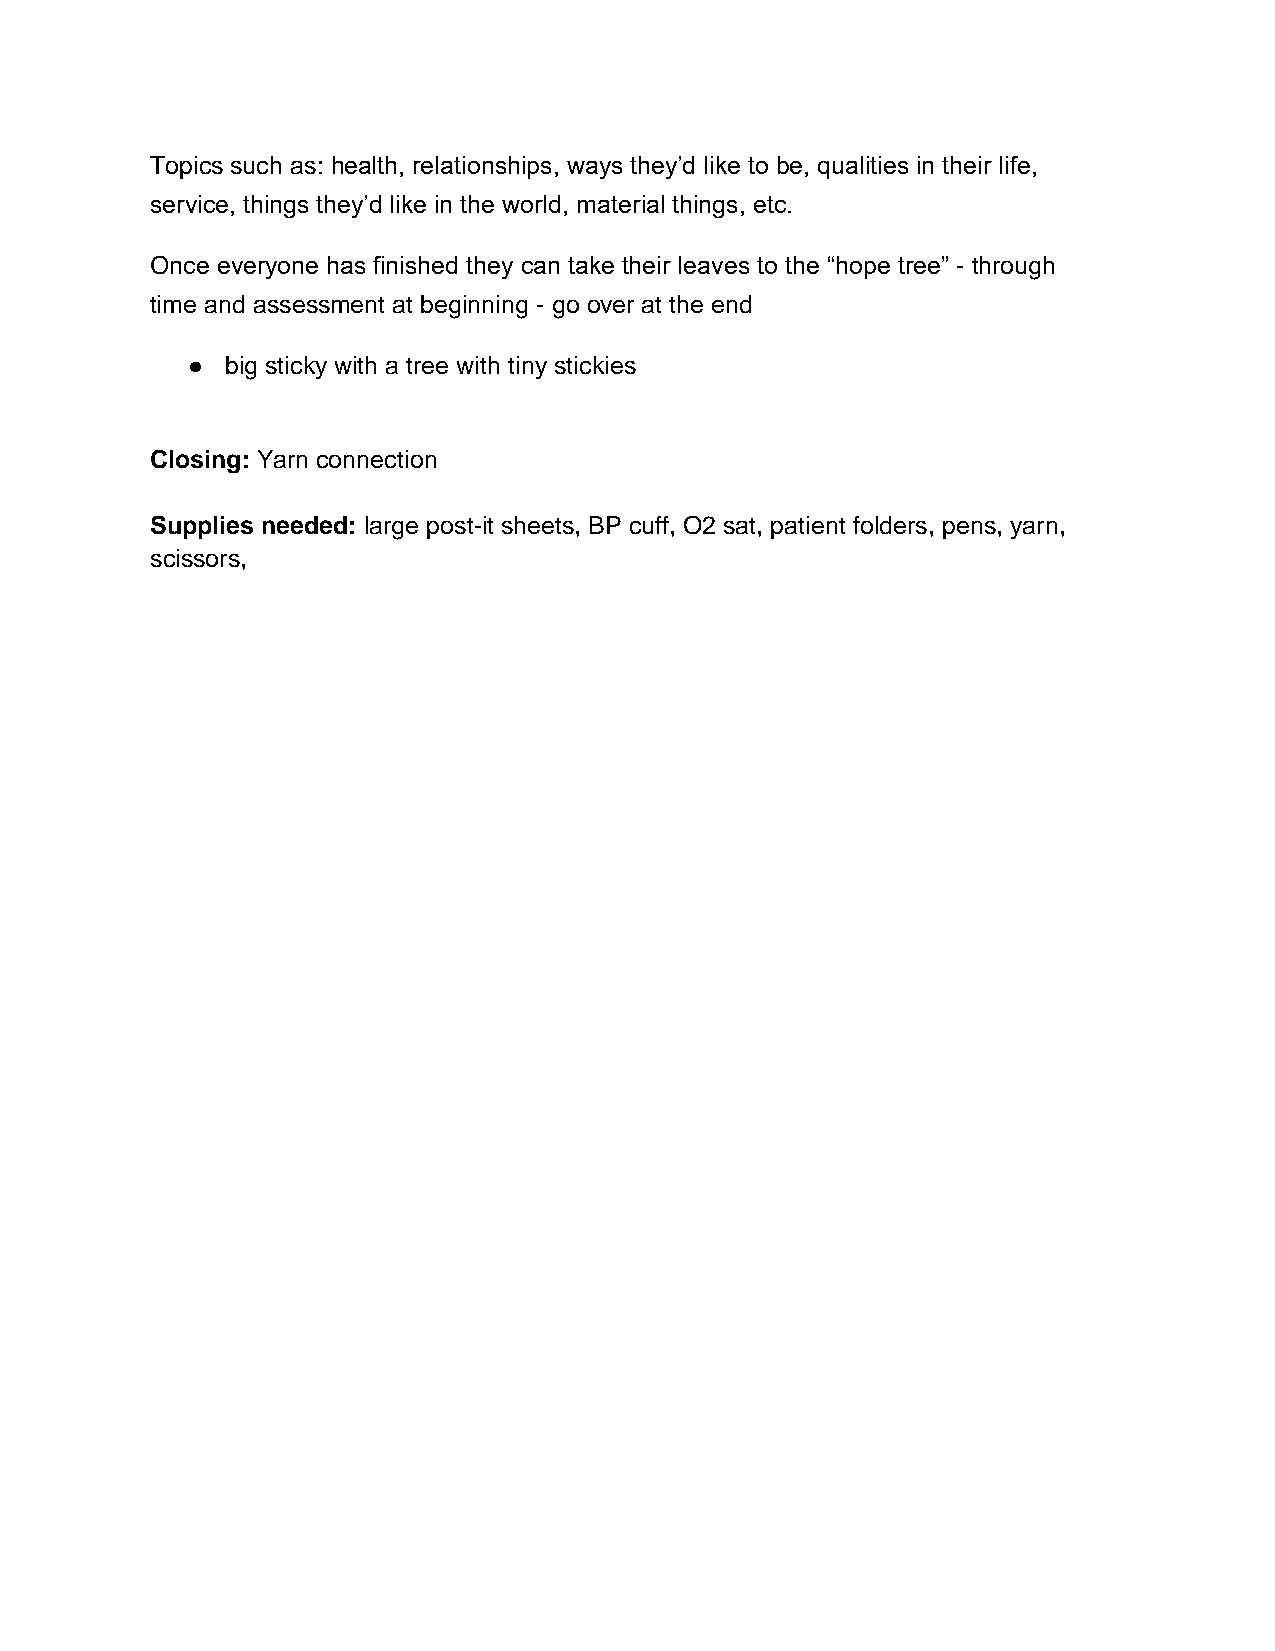
Topics such as: health, relationships, ways they’d like to be, qualities in their life,
 service, things they’d like in the world, material things, etc.
 Once everyone has finished they can take their leaves to the “hope tree” - through
 time and assessment at beginning - go over at the end
 ●  big sticky with a tree with tiny stickies
 Closing: Yarn connection
 Supplies needed: large post-it sheets, BP cuff, O2 sat, patient folders, pens, yarn,
 scissors,